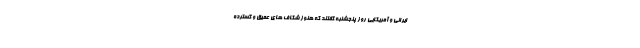
ایرانی و آمریکایی روز پنجشنبه گفتند که هنوز شکاف های عمیق و گسترده